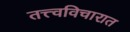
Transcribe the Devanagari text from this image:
तत्त्वविचारात